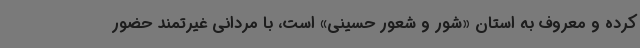
کرده و معروف به استان «شور و شعور حسینی» است، با مردانی غیرتمند حضور